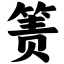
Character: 箦